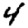
Digit: 4